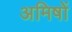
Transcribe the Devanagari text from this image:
अमिषों